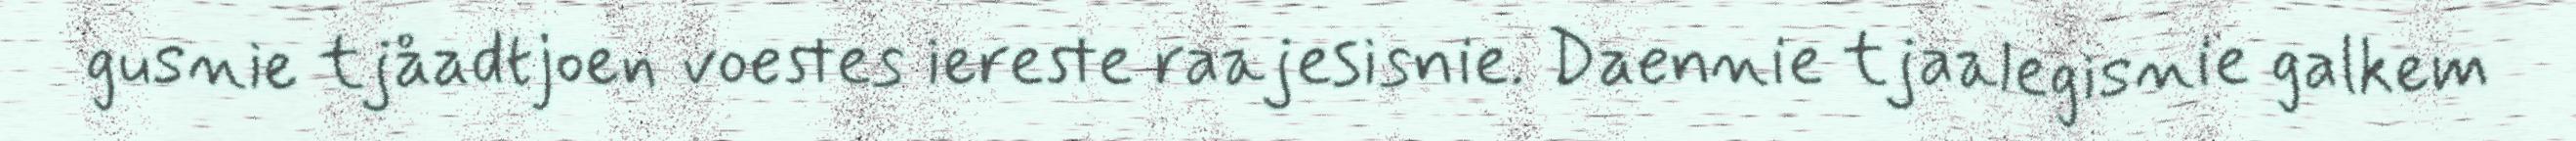
gusnie tjåadtjoen voestes iereste raajesisnie. Daennie tjaalegisnie galkem